Scottish Leaving Certificate Examination, 1958
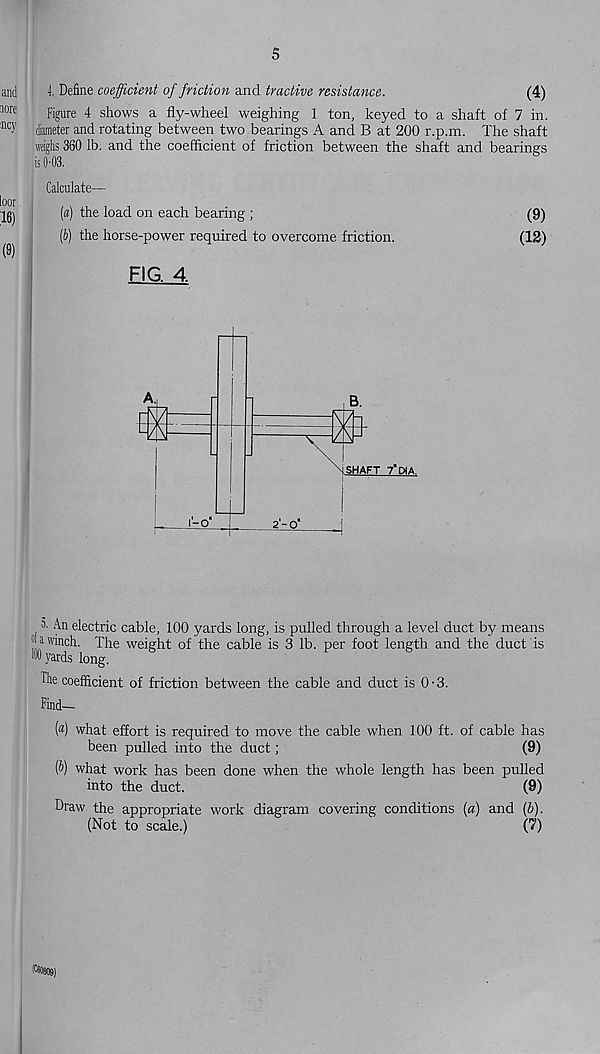
5
and
4.. Define coefficient of friction and tractive resistance.
(4)
m
]?jg ure 4 shows a fly-wheel weighing 1 ton, keyed to a shaft of 7 in.
!nc 5' diameter and rotating between two bearings A and B at 200 r.p.m. The shaft
weighs 360 lb. and the coefficient of friction between the shaft and bearings
is 0'03.
loor
16)
(9)
Calculate—
(«) the load on each bearing ;
(6) the horse-power required to overcome friction.
FIG. 4
(9)
(12)
3. An electric cable, 100 yards long, is pulled through a level duct by means
“jawinch. The weight of the cable is 3 lb. per foot length and the duct is
M yards long.
The coefficient of friction between the cable and duct is 0-3.
Find-
fa) what effort is required to move the cable when 100 ft. of cable has
been pulled into the duct;
(9)
(&) what work has been done when the whole length has been pulled
into the duct.
(9)
Draw the appropriate work diagram covering conditions (a) and (6).
(Not to scale.)
C 1 ?)
ICsosog)